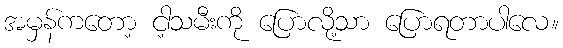
အမှန်ကတော့ ငါ့သမီးကို ပြောလို့သာ ပြောရတာပါလေ။